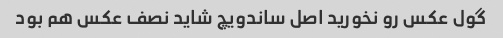
گول عکس رو نخورید اصل ساندویچ شاید نصف عکس هم بود